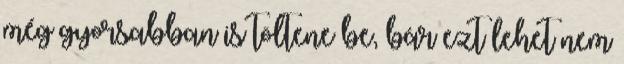
még gyorsabban is töltene be, bár ezt lehet nem